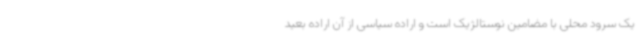
یک سرود محلی با مضامین نوستالژیک است و اراده سیاسی از آن اراده بعید